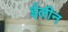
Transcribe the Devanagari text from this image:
ईलीन